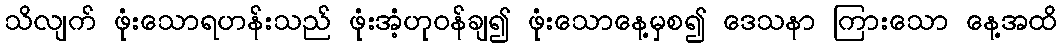
သိလျက် ဖုံးသောရဟန်းသည် ဖုံးအံ့ဟုဝန်ချ၍ ဖုံးသောနေ့မှစ၍ ဒေသနာ ကြားသော နေ့အထိ